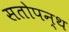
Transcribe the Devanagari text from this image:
सतोपन्थ